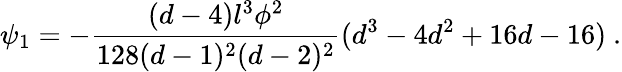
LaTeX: \psi_{1}=-\frac{(d-4)l^{3}\phi^{2}}{128(d-1)^{2}(d-2)^{2}}(d^{3}-4d^{2}+16d-16)~.